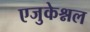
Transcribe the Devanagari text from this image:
एजुकेश्नल